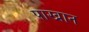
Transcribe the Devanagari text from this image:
पाखान